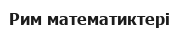
Рим математиктері